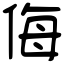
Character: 侮